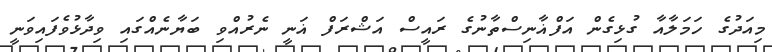
މިއަދުގެ ހަމަލާއާ ގުޅިގެން އަފްޣާނިސްތާނުގެ ރައީސް އަޝްރަފް ޣަނީ ނެރުއްވި ބަޔާނެއްގައި ވިދާޅުވެފައިވަނީ